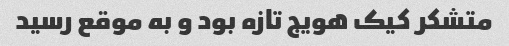
متشکر کیک هویج تازه بود و به موقع رسید